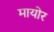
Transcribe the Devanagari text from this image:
मायोर